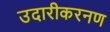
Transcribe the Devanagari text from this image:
उदारीकरनण